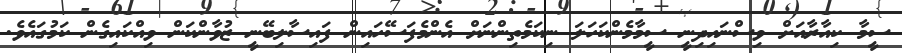
ސީމާ ކިއާރާއަށް ވިސްނައިދިނީ ސީމާމެންކަހަލަ ނިކަމެތިންނަށް އެންމެފަސޭހައިން ފައިސާލިބޭނީ ޒުވާންކަން ވިއްކައިގެން ކަމުގައެވެ.